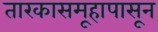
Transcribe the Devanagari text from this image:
तारकासमूहापासून